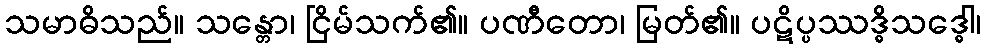
သမာဓိသည်။ သန္တော၊ ငြိမ်သက်၏။ ပဏီတော၊ မြတ်၏။ ပဋိပ္ပဿဒ္ဓိသဒ္ဓေါ၊